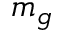
m _ { g }